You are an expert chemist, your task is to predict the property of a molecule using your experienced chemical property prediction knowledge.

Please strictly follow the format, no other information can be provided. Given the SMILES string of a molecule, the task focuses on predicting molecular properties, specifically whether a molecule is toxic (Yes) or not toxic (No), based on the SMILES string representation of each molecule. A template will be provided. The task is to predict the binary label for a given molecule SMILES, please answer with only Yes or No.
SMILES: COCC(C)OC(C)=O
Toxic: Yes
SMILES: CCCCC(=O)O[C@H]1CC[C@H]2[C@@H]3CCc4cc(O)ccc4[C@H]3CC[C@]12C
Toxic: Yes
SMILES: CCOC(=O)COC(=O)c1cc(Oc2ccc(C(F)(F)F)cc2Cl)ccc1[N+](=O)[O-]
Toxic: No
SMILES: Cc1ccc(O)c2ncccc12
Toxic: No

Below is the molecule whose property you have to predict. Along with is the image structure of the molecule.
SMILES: COC[C@@H](NC(C)=O)C(=O)NCc1ccccc1
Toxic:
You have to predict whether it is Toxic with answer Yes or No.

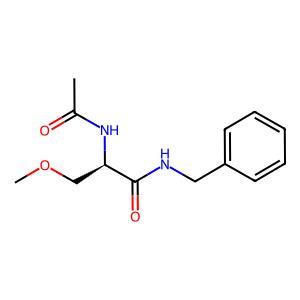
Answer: No